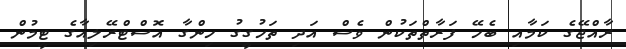
ރާއްޖޭގެ ކަމާއި ބެހޭ ފަރާތްތަކުން ވެސް އަދި ތަހުގީގު ހިންގާ އޮސްޓްރޭލިއާގެ ޓީމުން